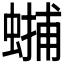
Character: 𧏳